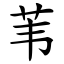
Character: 苇